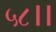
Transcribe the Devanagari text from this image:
५८।।